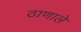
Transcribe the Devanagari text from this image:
ठाणाले